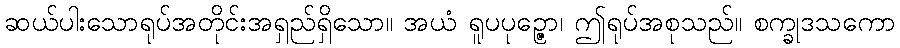
ဆယ်ပါးသောရုပ်အတိုင်းအရှည်ရှိသော။ အယံ ရူပပုဉ္ဇော၊ ဤရုပ်အစုသည်။ စက္ခုဒသကော